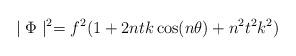
LaTeX: \begin{align*}\mid \Phi \mid^{2} = f^{2}(1+2ntk \cos(n \theta) + n^{2} t^{2} k^{2} )\end{align*}